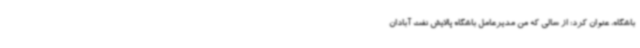
باشگاه، عنوان کرد: از سالی که من مدیرعامل باشگاه پالایش نفت آبادان